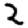
Digit: 2